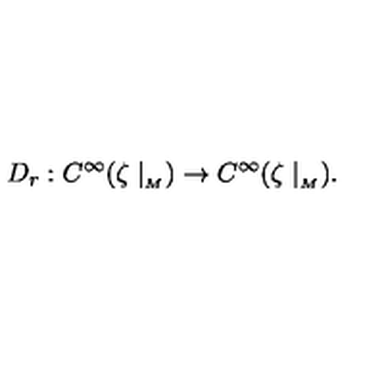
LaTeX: D _ { r } : C ^ { \infty } ( \zeta \mid _ { _ M } ) \rightarrow C ^ { \infty } ( \zeta \mid _ { _ M } ) .